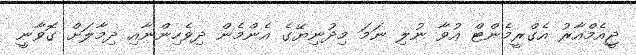
ޖީއެމްއާރު އެގްރީމެންޓް އުވާ ނުލި ނަމަ މިދުނިޔޭގެ އެންމެން ދިވެހިންނާއި ދިމާލަށް ގޮވާނީ